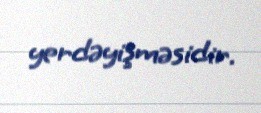
yerdəyişməsidir.